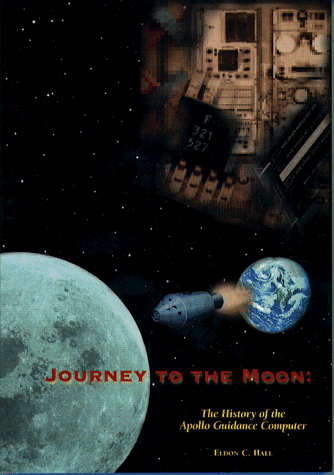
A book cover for Journey to the Moon (Library of Flight); Eldon C. Hall; Computers & Technology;